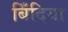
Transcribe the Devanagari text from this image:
बिँदिया